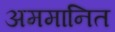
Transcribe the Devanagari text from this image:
अममानित